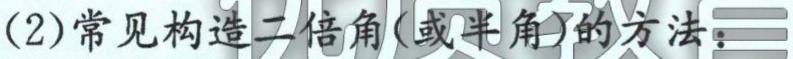
(2)常见构造二倍角(或半角)的方法：